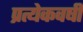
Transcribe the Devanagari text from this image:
प्रत्येकवर्षी